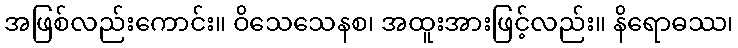
အဖြစ်လည်းကောင်း။ ဝိသေသေနစ၊ အထူးအားဖြင့်လည်း။ နိရောဓဿ၊